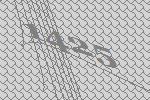
1425